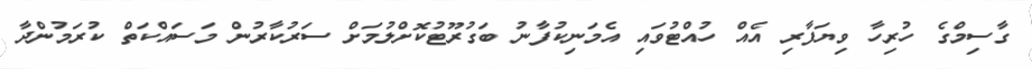
ގާސިމްގެ ހުރިހާ ވިޔަފާރި އެއް ހުއްޓުވައި އެމަނިކުފާނު ބަގުރޫޓުކޮށްލުމަށް ސަރުކާރުން މަސައްކަތް ކުރަމުންދާ